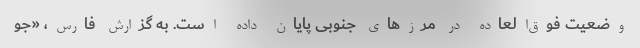
وضعیت فوق‌العاده در مرزهای جنوبی پایان داده است. به گزارش فارس، «جو